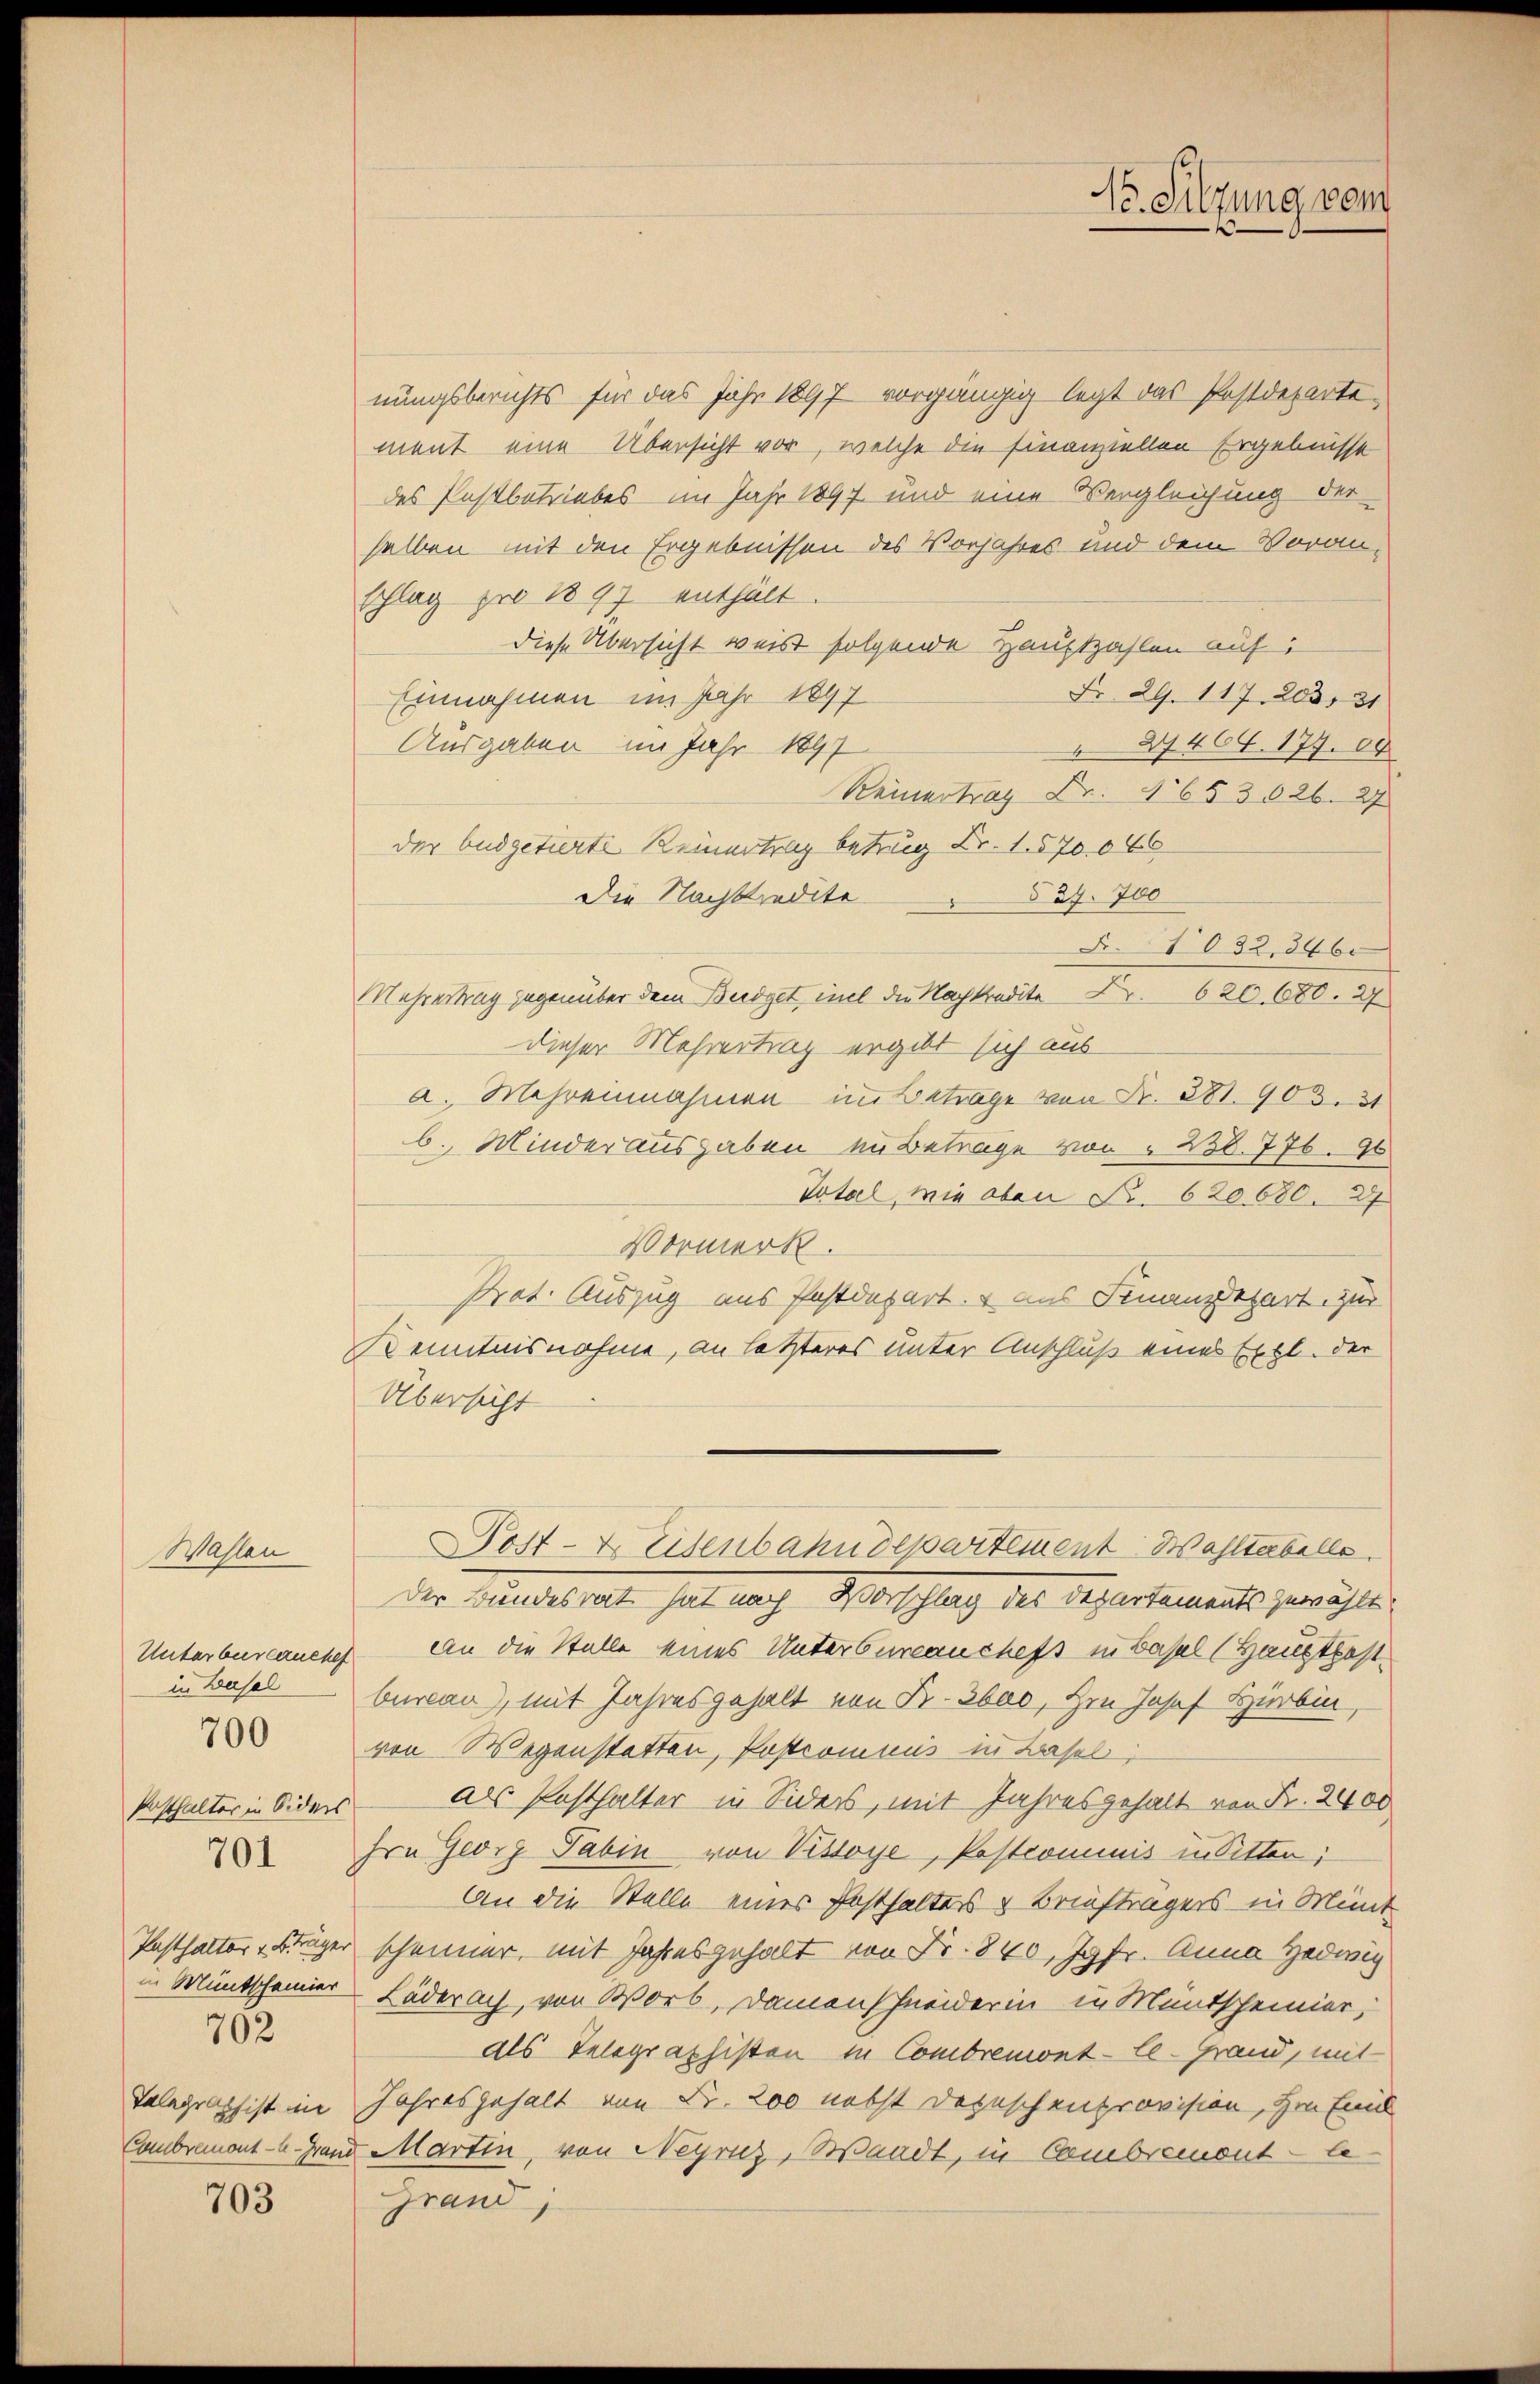
Wahlen
in Basel
Posthalter in Siders
701
702

700

703

No. Sitzung vom

nungsberichts für das Jahr 1897 vorgängig legt das Postdeparte-
ment eine Übersicht vor, welche die finanziellen Ergebnisse
des Pastbetriebes im Jahr 1897 und eine Vergleichung der
salben mit den Ergebnissen des Vorjahres und dem Voranschlag pro 1897 enthält.
diese Übersicht weist folgende Hauptzahlen auf
Nr. 29. 117. 203, 31
Einnahmen im Jahr 1897
Ausgaben im Jahr 1897
27464. 177. 89
Reinertrag Fr. 1653 626. 27
der Budgetirte Reinertrag betrug Fr. 1. 570. 666
Die Nachttredite 527. 700
1032, 346.
Mehrertrag gegenüber dem Büdget inel die Nachkredite Fr. 620. 680. 27
dieser Mehrertrag ergibt sich aus
a. Mehreinnahmen im Betrage von Fr. 381. 903. 31
b. Minder ausgaben in Betrage von " 238. 776. 96
Total, wie oben Fr. 620 680. 27
Vormerk.
Prot. Auszug aus Postdepart. 4 aus Finanzdepart zur
Kenntnisnahme, an letzteres unter Anschluß eines Expl. der
Übersicht
Post- & Eisenbahndepartement Wahltabelle
die Kindesrat, hat nach Vorschlag des Separtements gerichte
Unterbureauches an die Stelle eines Unterbureauchefs in Basel (Hauptpost
bear), mit Jahresgehalt von Fr. 3bad, Hrn Josef Hirbin,
von Wegenstatten, Postromnis in Basel,
als Posthalter in Siders, mit Jahresgehalt von Fr. 2400
hrn Georg Sabin von Vissoye, Postcommis in Sitten;
An die Stelle eines Festhalters & Briefträgers in Münt
Pasthalter Frager scheiner, mit Jahresgehalt von Fr. 840, Jgfr. Anna Hedwig
in Müntscheiner Läderach, von Worb, Damenschneiderin in Muntscheinier,
als Telegraphisten in Combremont-le-Grand, mit
Telegraphist im Jahresgehalt von Fr. 200 nebst Depeschenprovision, im Eind
Cambremont-Grand Martin, von Neyriz, Waadt, in Cambremont le¬
Grand